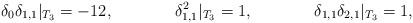
LaTeX: \begin{align*}\delta_0\delta_{1,1} |_{T_3} &= -12, & \delta_{1,1}^2 |_{T_3} &= 1, & \delta_{1,1}\delta_{2,1} |_{T_3} &= 1,\end{align*}